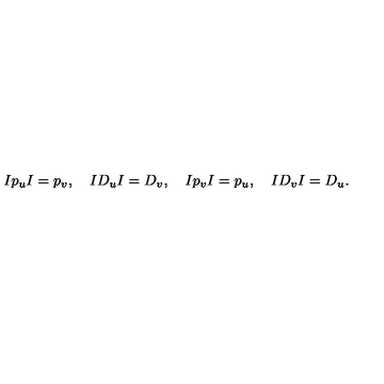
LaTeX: I p _ { u } I = p _ { v } , \quad I D _ { u } I = D _ { v } , \quad I p _ { v } I = p _ { u } , \quad I D _ { v } I = D _ { u } .